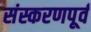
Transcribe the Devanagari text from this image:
संस्करणपूर्व